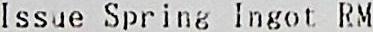
ISSUE SPRING INGOT RM